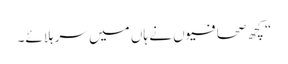
“ کچھ صحافیوں نے ہاں میں سر ہلائے۔